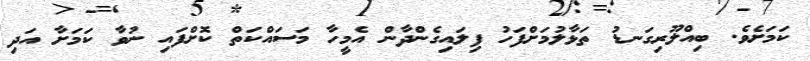
ކަމަށެވެ. ބިއްލޫރިގަނޑު ތަޅާލުމަށްފަހު ފިލައިގެންދާން އެމީހާ މަސައްކަތް ކޮށްފައި ނުވާ ކަމަށާ އަދި